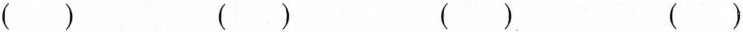
( ) ( ) ( ) ( )